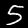
Label: 5